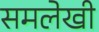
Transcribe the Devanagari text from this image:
समलेखी